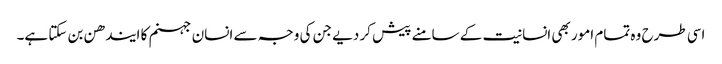
اسی طرح وہ تمام امور بھی انسانیت کے سامنے پیش کر دیے جن کی وجہ سے انسان جہنم کا ایندھن بن سکتا ہے۔